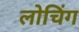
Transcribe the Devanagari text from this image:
लोचिंग